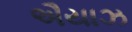
ઐયાઝ